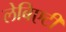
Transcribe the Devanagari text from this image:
लेबिएटी